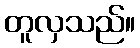
တူလှသည်။